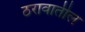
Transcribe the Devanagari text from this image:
ठरावातील